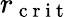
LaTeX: r_{\mathrm{~c~r~i~t~}}